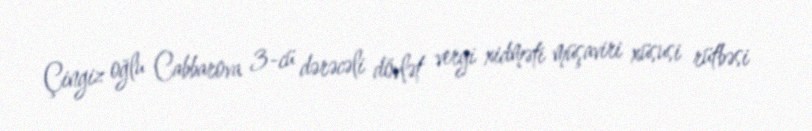
Çingiz oğlu Cabbarova 3-cü dərəcəli dövlət vergi xidməti müşaviri xüsusi rütbəsi